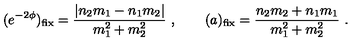
( e ^ { - 2 \phi } ) _ { \mathrm { f i x } } = { \frac { | n _ { 2 } m _ { 1 } - n _ { 1 } m _ { 2 } | } { m _ { 1 } ^ { 2 } + m _ { 2 } ^ { 2 } } } \ , \qquad ( a ) _ { \mathrm { f i x } } = { \frac { n _ { 2 } m _ { 2 } + n _ { 1 } m _ { 1 } } { m _ { 1 } ^ { 2 } + m _ { 2 } ^ { 2 } } } \ .